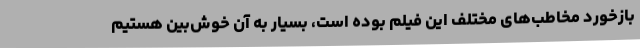
بازخورد مخاطب‌های مختلف این فیلم بوده است، بسیار به آن خوش‌بین هستیم